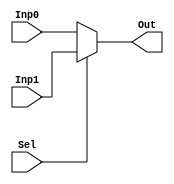
`timescale 1ns / 1ps
//////////////////////////////////////////////////////////////////////////////////
// Company: 
// Engineer: 
// 
// Design Name: 
// Module Name: Multiplexer
// Project Name: 
// Target Devices: 
// Tool Versions: 
// Description: 
// 
// Dependencies: 
// 
// Revision:
// Revision 0.01 - File Created
// Additional Comments:
// 
//////////////////////////////////////////////////////////////////////////////////


module Multiplexer2x1 #(parameter Data_width = 32)(
    input [Data_width - 1:0] Inp0,
    input [Data_width - 1:0]Inp1,
    input Sel,
    output reg [Data_width-1 : 0] Out
    );
    always @(Inp0, Inp1, Sel)
        begin
            if(Sel)
                Out <= Inp1;
            else
                Out <= Inp0;
        end
endmodule